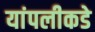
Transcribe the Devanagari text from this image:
यांपलीकडे